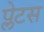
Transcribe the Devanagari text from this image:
प्लेटस